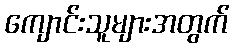
ကျောင်းသူများအတွက်